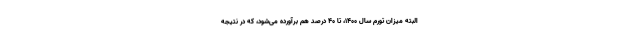
البته میزان تورم سال ۱۴۰۰، تا ۴۰ درصد هم برآورده می‌شود، که در نتیجه